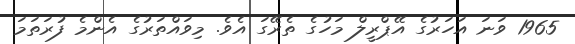
1965 ވަނަ އަހަރުގެ އޭޕްރީލް މަހުގެ ތެރޭގަ އެވެ. މިވައްތަރުގެ އެންމެ ފުރަތަމަ